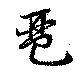
琶